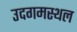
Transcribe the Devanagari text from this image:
उदगमस्थल